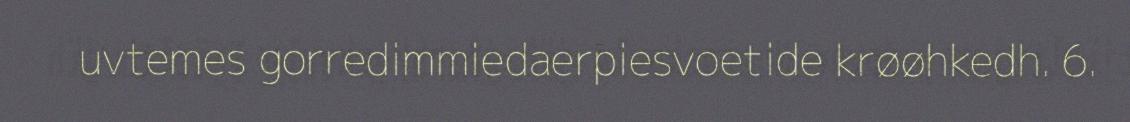
uvtemes gorredimmiedaerpiesvoetide krøøhkedh. 6.